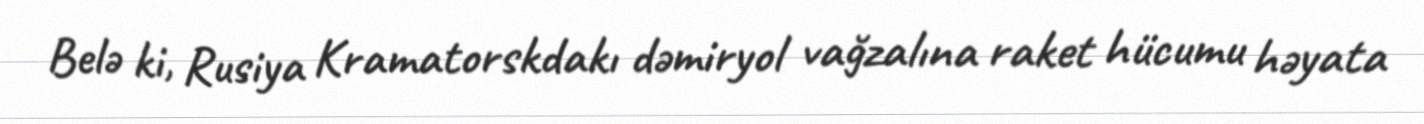
Belə ki, Rusiya Kramatorskdakı dəmiryol vağzalına raket hücumu həyata